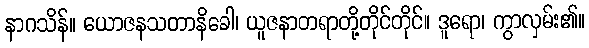
နာဂသိန်။ ယောဇနသတာနိခေါ၊ ယူဇနာတရာတို့တိုင်တိုင်။ ဒူရော၊ ကွာလှမ်း၏။